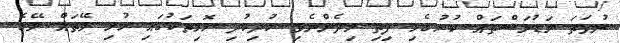
ނުވަތަ މަޑުމަސްތައް ކުރުގެޅި ފިތި މިދެންނެވި ކުދިކުދި ހޮޅިތަކުގައި ހުރި ލޭތައް ލޭގެ